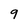
Character: 9